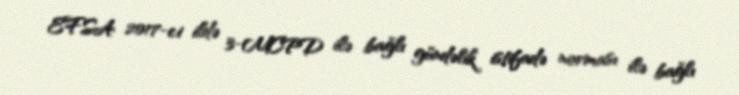
EFSA 2017-ci ildə 3-MCPD ilə bağlı gündəlik istifadə norması ilə bağlı